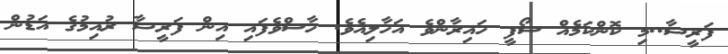
ފަރީޝާ..މި ކޮންކަމެއް ސޯފީ ހައިރާންވެ އަހާލިއެވެ. ހާސްވެފައި އިން ފަރީޝާ ރުއިމުގެ އަޑުން